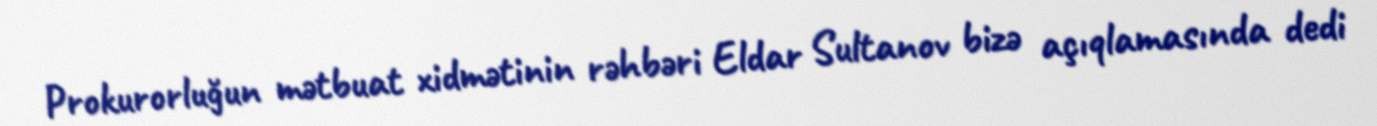
Prokurorluğun mətbuat xidmətinin rəhbəri Eldar Sultanov bizə açıqlamasında dedi